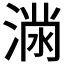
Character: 𭱪